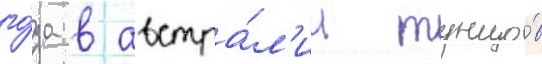
го́да в австра́л'ии тунцо́в